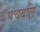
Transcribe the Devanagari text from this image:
पंचबलि